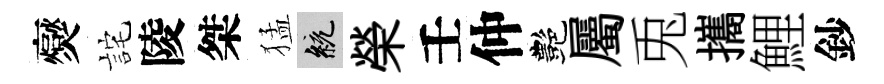
爕詫陵桀猛統榮壬仲艷屬兎攜鯉鈔